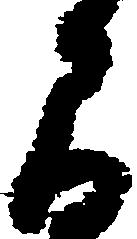
間